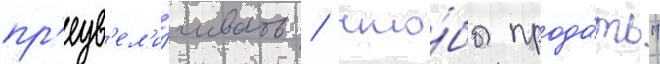
пр'еув'ел'и́чивать / что́бы прода́ть"